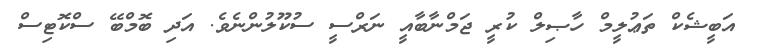
އަބީޝެކް ތަޢުލީމް ހާޞިލް ކުރީ ޖަމްނާބާއީ ނަރްސީ ސުކޫލުންނެވެ. އަދި ބޮމްބޭ ސްކޮޓިސް